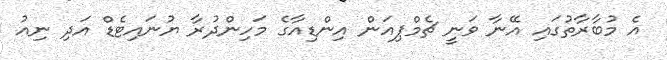
އެ މުބާރާތުގައި އޭނާ ވަނީ ޗެމްޕިއަން އިންޑިއާގެ މަހިންދުރާ ޔުނައިޓެޑް އަދި ނިއު